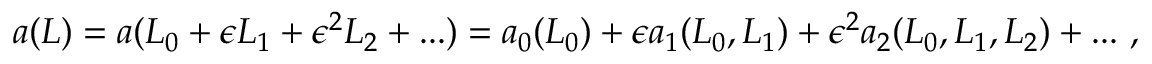
\begin{array} { r } { a ( L ) = a ( L _ { 0 } + \epsilon L _ { 1 } + \epsilon ^ { 2 } L _ { 2 } + . . . ) = a _ { 0 } ( L _ { 0 } ) + \epsilon a _ { 1 } ( L _ { 0 } , L _ { 1 } ) + \epsilon ^ { 2 } a _ { 2 } ( L _ { 0 } , L _ { 1 } , L _ { 2 } ) + . . . \ , } \end{array}